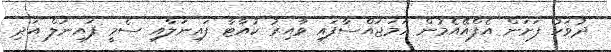
ދުވަހު ފަށަން އެފްއޭއެމުން ހަމަޖައްސާފައި ވާއިރު ކުއާޓާ ފައިނަލާއި ސެމީ ފައިނަލް އަދި